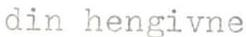
din hengivne